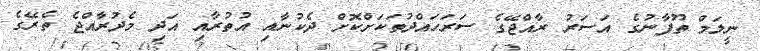
ނީލަމް ތޫފާނުގެ އަސަރު ރާއްޖޭގެ ސަރަހައްދުތަކަށްކޮށް ދެކުނާއި އުތުރާއި އަދި މެދުރާއްޖެ ތެރޭގެ